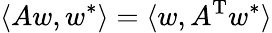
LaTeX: \langle Aw,w^{*}\rangle=\langle w,A^{\mathrm{T}}w^{*}\rangle